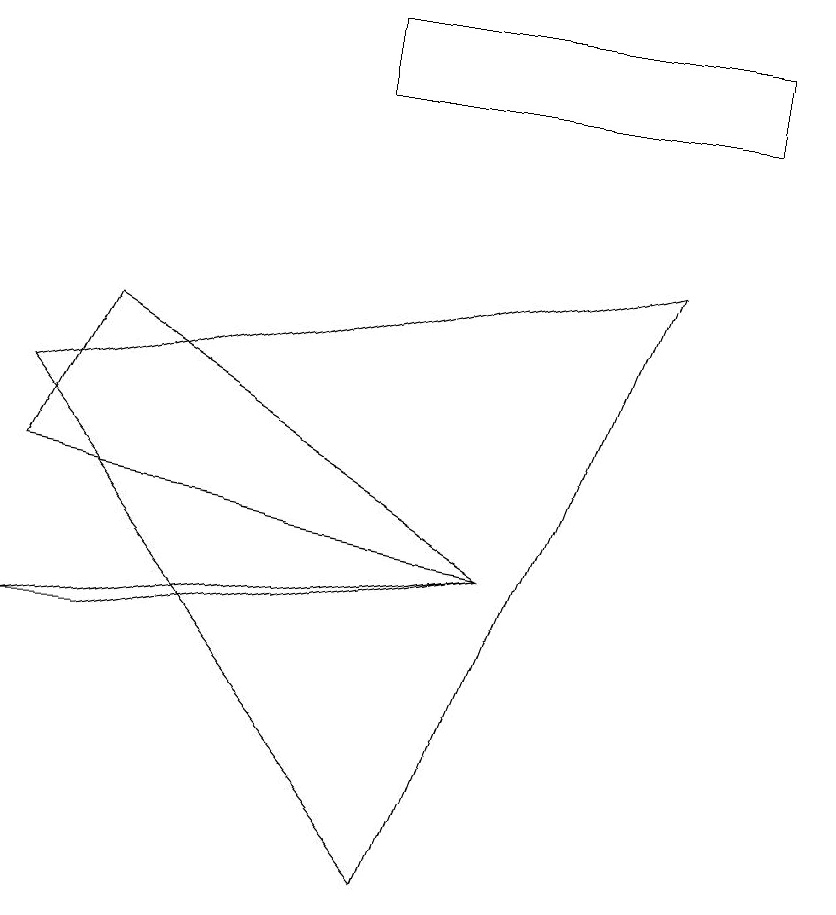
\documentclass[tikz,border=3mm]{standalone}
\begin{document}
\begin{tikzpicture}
\draw (8,9) -- (0,7) -- (5,1) -- cycle;
\draw (6,5) -- (0,4) -- (1,4) -- cycle;
\draw (5,11) rectangle (9,11);
\draw (0,6) -- (6,5) -- (1,8) -- cycle;
\draw (10,10) circle (0);
\draw (9,11) rectangle (4,12);
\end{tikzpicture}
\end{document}